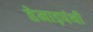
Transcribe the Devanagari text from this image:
हेमाड़पंथी